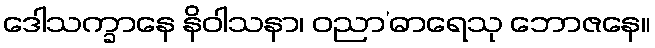
ဒေါသက္ခာနေ နိဝါသနာ၊ ဝညာ’ဓာရေသု ဘောဇနေ။